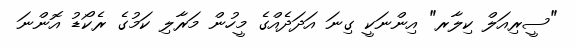
"ސީރިއަލް ކިލާރ" އިންނަކީ ގިނަ އަދަދެއްގެ މީހުން މަރާލި ކަމުގެ ރެކޯޑު އޮންނަ